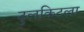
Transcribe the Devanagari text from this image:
टुलकिटला